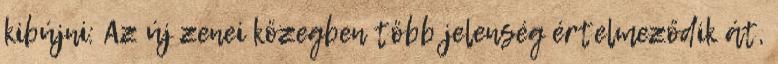
kibújni: Az új zenei közegben több jelenség értelmeződik át,